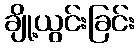
ချို့ယွင်းခြင်း